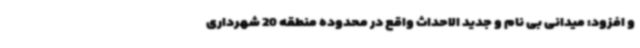
و افزود: میدانی بی نام و جدید الاحداث واقع در محدوده منطقه 20 شهرداری